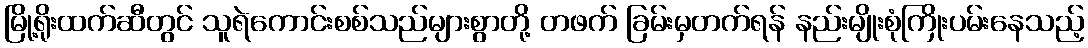
မြို့ရိုးထက်ဆီတွင် သူရဲကောင်းစစ်သည်များစွာတို့ တဖက် ခြမ်းမှတက်ရန် နည်းမျိုးစုံကြိုးပမ်းနေသည့်